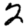
Digit: 2